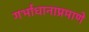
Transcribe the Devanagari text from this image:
गर्भाधानाप्रमाणे